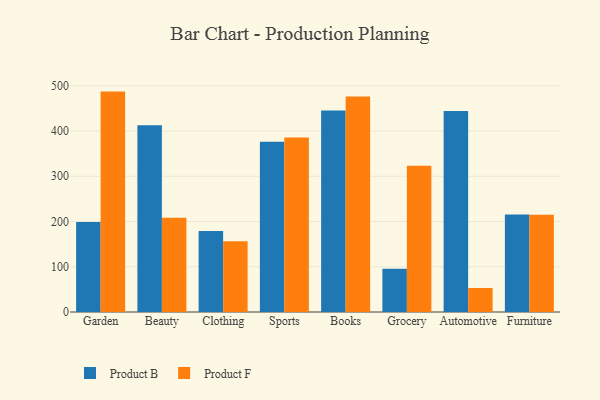
{"axis": {"x": "Category", "y": "Humidity (%)"}, "legend": ["Product B", "Product F"], "data": [{"x": "Garden", "y": 198.6, "type": "Product B"}, {"x": "Garden", "y": 487.0, "type": "Product F"}, {"x": "Beauty", "y": 412.6, "type": "Product B"}, {"x": "Beauty", "y": 208.2, "type": "Product F"}, {"x": "Clothing", "y": 179.1, "type": "Product B"}, {"x": "Clothing", "y": 156.5, "type": "Product F"}, {"x": "Sports", "y": 376.4, "type": "Product B"}, {"x": "Sports", "y": 385.4, "type": "Product F"}, {"x": "Books", "y": 445.5, "type": "Product B"}, {"x": "Books", "y": 476.3, "type": "Product F"}, {"x": "Grocery", "y": 95.6, "type": "Product B"}, {"x": "Grocery", "y": 322.9, "type": "Product F"}, {"x": "Automotive", "y": 444.3, "type": "Product B"}, {"x": "Automotive", "y": 53.0, "type": "Product F"}, {"x": "Furniture", "y": 215.6, "type": "Product B"}, {"x": "Furniture", "y": 215.1, "type": "Product F"}]}